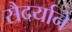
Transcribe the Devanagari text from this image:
सैदर्याने